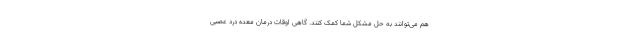
هم می‌توانند به حل مشکل شما کمک کنند. گاهی اوقات درمان معده درد عصبی